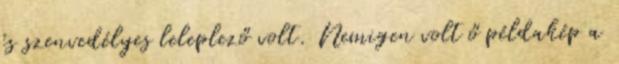
és szenvedélyes leleplező volt. Nemigen volt ő példakép a